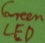
Text: LED